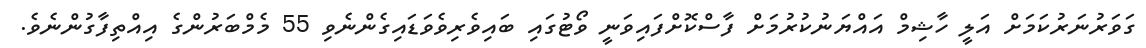
ގަވަރުނަރުކަމަށް އަލީ ހާޝިމް އައްޔަނުކުރުމަށް ފާސްކޮށްފައިވަނީ ވޯޓުގައި ބައިވެރިވެވަޑައިގެންނެވި 55 މެމްބަރުންގެ އިއްތިފާގުންނެވެ.